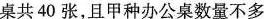
桌共40张，且甲种办公桌数量不多